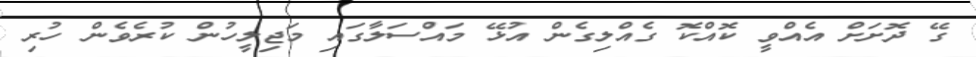
ގޭ ދޮށަށް އެއްވީ ކޮއްކޮ ގެއްލިގެން އުޅޭ މައްސަލާގައި މަޖިލީހުން ކުރެވެން ހުރި